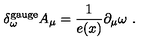
\delta _ { \omega } ^ { \mathrm { g a u g e } } A _ { \mu } = \frac 1 { e ( x ) } \partial _ { \mu } \omega \ .